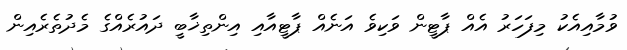
ވުމާއިއެކު މިފަހަރު އެއް ޕާޓީން ވަކިވެ އަނެއް ޕާޓީއާއި އިންތިޚާބީ ދައުރެއްގެ މެދުތެރެއިން